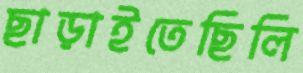
ছাড়াইতেছিলি